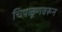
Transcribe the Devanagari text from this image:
चिपळूणवरून